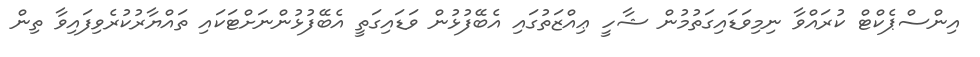
އިންސްޕެކްޓް ކުރައްވާ ނިމިވަޑައިގަތުމުން ޝާހީ ޢިއްޒަތުގައި އެބޭފުޅުން ވަޑައިގަތީ އެބޭފުޅުންނަށްޓަކައި ތައްޔާރުކުރެވިފައިވާ ތިން